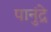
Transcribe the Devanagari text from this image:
पानुंद्रे